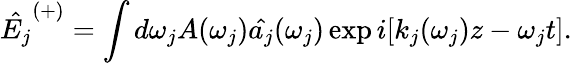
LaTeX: \hat{E_{j}}^{(+)}=\int d\omega_{j}A(\omega_{j})\hat{a_{j}}(\omega_{j})\exp i[k_{j}(\omega_{j})z-\omega_{j}t].